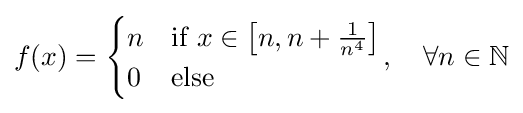
f(x)={\begin{cases}n&{\text{if }}x\in \left[n,n+{\frac {1}{n^{4}}}\right]\\0&{\text{else}}\end{cases}},\quad \forall n\in \mathbb {N}